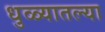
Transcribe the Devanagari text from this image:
धुळ्यातल्या